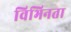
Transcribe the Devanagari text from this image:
विभिनता